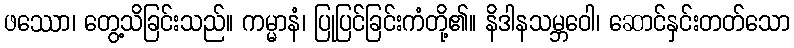
ဖဿော၊ တွေ့သိခြင်းသည်။ ကမ္မာနံ၊ ပြုပြင်ခြင်းကံတို့၏။ နိဒါနသမ္ဘဝေါ၊ ဆောင်နှင်းတတ်သော